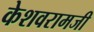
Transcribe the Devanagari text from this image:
केशवरामजी